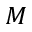
M